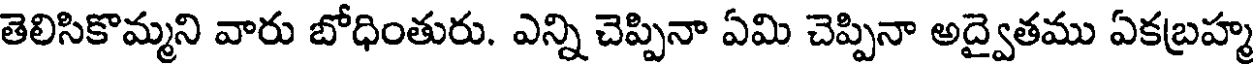
తెలిసికొమ్మని వారు బోధింతురు. ఎన్ని చెప్పినా ఏమి చెప్పినా అద్వైతము ఏకబ్రహ్మ